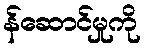
န်ဆောင်မှုကို